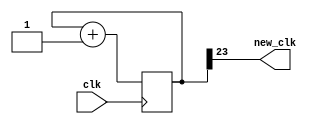
//2.98 hz clk
module slowClock
	
	(//I/O declarations
	input clk,
	output new_clk);
	
	//register declarations
	reg[23:0] count;
	
	//assignments
	assign new_clk = count[23];
	
	//24 bit counter
	always @(posedge clk)
		begin
				count <= count+1;
		end
	
endmodule